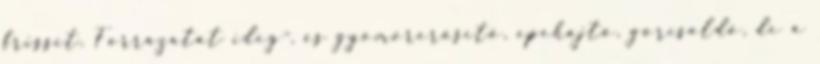
frissít. Forrázatát ideg-, és gyomorerősítő, epehajtó, görcsoldó, de a